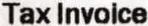
TAX INVOLCE